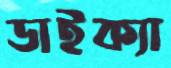
ডাইক্যা